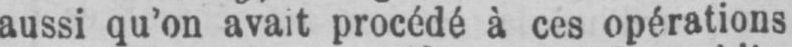
aussi qu’on avait procédé à ces opérations